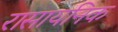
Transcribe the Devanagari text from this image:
रासायनिक